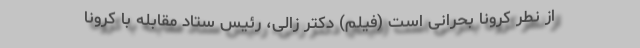
از نطر کرونا بحرانی است (فیلم) دکتر زالی، رئیس ستاد مقابله با کرونا